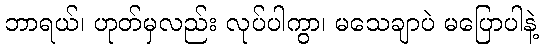
ဘာရယ်၊ ဟုတ်မှလည်း လုပ်ပါကွာ၊ မသေချာပဲ မပြောပါနဲ့